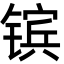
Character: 镔